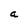
Character: a